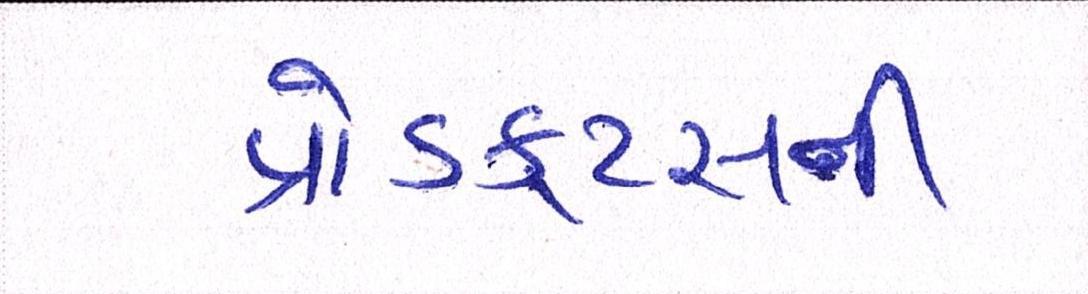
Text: પ્રોડક્ટ્સની